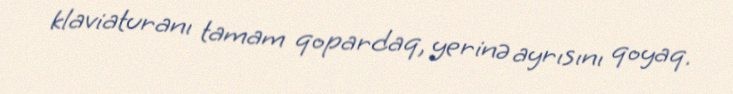
klaviaturanı tamam qopardaq, yerinə ayrısını qoyaq.